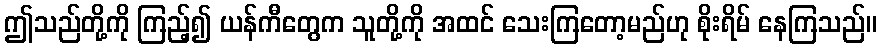
ဤသည်တို့ကို ကြည့်၍ ယန်ကီတွေက သူတို့ကို အထင် သေးကြတော့မည်ဟု စိုးရိမ် နေကြသည်။